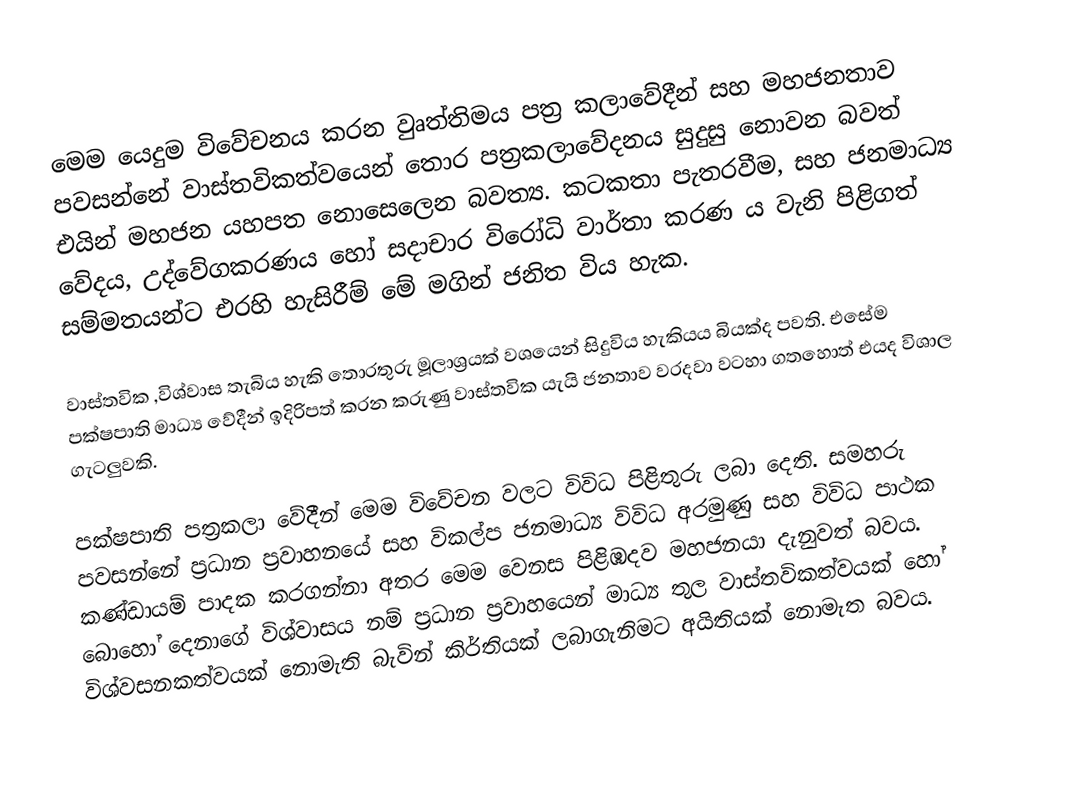
මෙම යෙදුම විවේචනය කරන වුෘත්තිමය පත්‍ර කලාවේදීන් සහ මහජනතාව පවසන්නේ වාස්තවිකත්වයෙන් තොර පත්‍රකලාවේදනය සුදුසු නොවන බවත් එයින් මහජන යහපත නොසෙලෙන බවත්‍ය. කටකතා පැතරවීම, සහ ජනමාධ්‍ය වේදය, උද්වේගකරණය හෝ සදාචාර විරෝධි වාර්තා කරණ ය වැනි පිළිගත් සම්මතයන්ට එරහි හැසිරීම් මේ මගින් ජනිත විය හැක.

වාස්තවික ,විශ්වාස තැබිය හැකි තොරතුරු මූලාශ්‍රයක් වශයෙන් සිදුවිය හැකියය බියක්ද පවති. එසේම පක්ෂපාති මාධ්‍ය වේදීන් ඉදිරිපත් කරන කරුණු වාස්තවික යැයි ජනතාව වරදවා වටහා ගතහොත් එයද විශාල ගැටලුවකි.

පක්ෂපාති පත්‍රකලා වේදීන් ම‍ෙම විවේචන වලට විවිධ පිළිතුරු ලබා දෙති. සමහරු පවසන්නේ ප්‍රධාන ප්‍රවාහනයේ සහ විකල්ප ජනමාධ්‍ය විවිධ අරමුණු සහ විවිධ පාථක කණ්ඩායම් පාදක කරගන්නා අතර මෙම වෙනස පිළිඹදව මහජනයා දැනුවත් බවය. බොහෝ දෙනාගේ විශ්වාසය නම් ප්‍රධාන ප්‍රවාහයෙන් මාධ්‍ය තුල වාස්තවිකත්වයක් හෝ විශ්වසනකත්වයක් නොමැති බැවින් කිර්තියක් ලබාගැනිමට අයිතියක් නොමැත බවය.